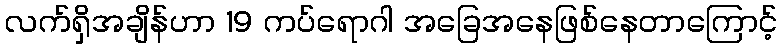
လက်ရှိအချိန်ဟာ 19 ကပ်ရောဂါ အခြေအနေဖြစ်နေတာကြောင့်